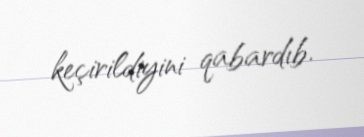
keçirildiyini qabardıb.